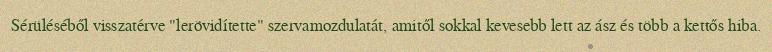
Sérüléséből visszatérve "lerövidítette" szervamozdulatát, amitől sokkal kevesebb lett az ász és több a kettős hiba.